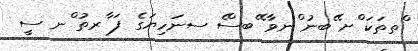
ްތތަކަ ްށ ޭބނު ްނވާ ޭބސްެ ސނަހިޔަގެ ފަ ާރތު ްނ ސީ